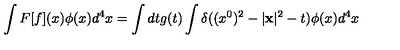
\int F [ f ] ( x ) \phi ( x ) d ^ { 4 } x = \int d t g ( t ) \int \delta ( ( x ^ { 0 } ) ^ { 2 } - | { \bf x } | ^ { 2 } - t ) \phi ( x ) d ^ { 4 } x